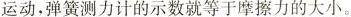
运动，弹簧测力计的示数就等于摩擦力的大小。